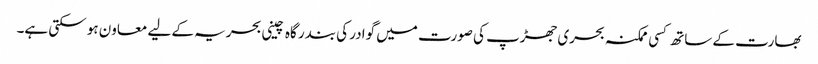
بھارت کے ساتھ کسی ممکنہ بحری جھڑپ کی صورت میں گوادر کی بندر گاہ چینی بحریہ کے لیے معاون ہو سکتی ہے۔